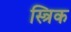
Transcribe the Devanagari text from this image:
स्त्रिक